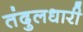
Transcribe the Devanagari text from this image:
तंदुलधारी